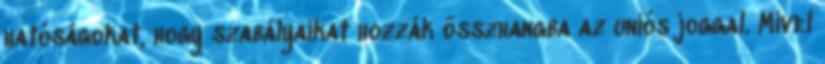
hatóságokat, hogy szabályaikat hozzák összhangba az uniós joggal. Mivel